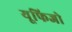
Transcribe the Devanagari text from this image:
यूफिजो